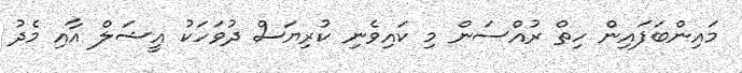
މައިންބަފައިން ހިތް ރުއްސަން މި ކައިވެނި ކުރިޔަސް ދުވަހަކު އީޝަލް އާއި މެދު